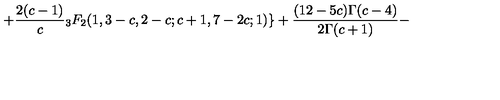
+ \frac { 2 ( c - 1 ) } { c } { } _ { 3 } F _ { 2 } ( 1 , 3 - c , 2 - c ; c + 1 , 7 - 2 c ; 1 ) \} + \frac { ( 1 2 - 5 c ) \Gamma ( c - 4 ) } { 2 \Gamma ( c + 1 ) } -